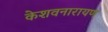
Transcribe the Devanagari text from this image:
केशवनारायण